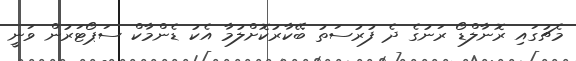
މެޗުގައި ރޮނާލްޑޯ ރަނުގެ ދެ ފުރުސަތު ބޭކާރުކޮށްލުމާ އެކު ޑެންމާކް ސަޕޯޓަރުން ވަނީ